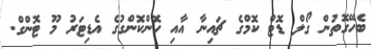
ބެހޭގޮތުން ގޯލް ޑޮޓް ކޮމްގެ ޗައިނާ އާއި ހޮންކޮންގުގެ އެޑިޓަރު މޫ ޓޮންގް.